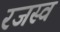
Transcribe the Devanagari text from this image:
रजस्व